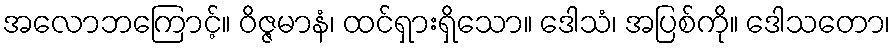
အလောဘကြောင့်။ ဝိဇ္ဇမာနံ၊ ထင်ရှားရှိသော။ ဒေါသံ၊ အပြစ်ကို။ ဒေါသတော၊